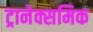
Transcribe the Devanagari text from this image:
ट्रानेक्समिक